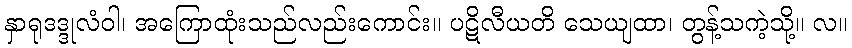
နှာရုဒဒ္ဒုလံဝါ၊ အကြောထုံးသည်လည်းကောင်း။ ပဋိလီယတိ သေယျထာ၊ တွန့်သကဲ့သို့။ လ။